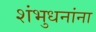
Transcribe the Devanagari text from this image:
शंभुधनांना